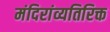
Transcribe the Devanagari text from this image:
मंदिरांव्यतिरिक्त